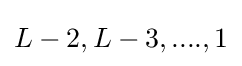
L-2,L-3,....,1